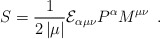
\begin{align*}S=\frac 1{2\left| \mu \right| }{\cal E}_{\alpha \mu \nu }P^\alpha M^{\mu \nu}\;\,.\end{align*}